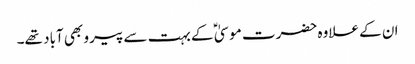
ان کے علاوہ حضرت موسیٰ ؑ کے بہت سے پیرو بھی آباد تھے۔